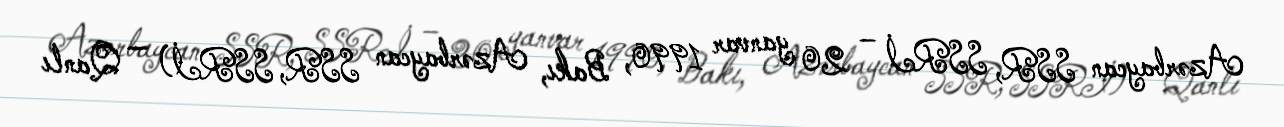
Azərbaycan SSR, SSRİ – 20 yanvar 1990, Bakı, Azərbaycan SSR, SSRİ) — Qanlı